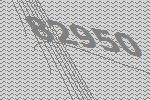
82950